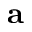
\mathbf { a }